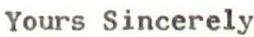
Yours Sincerely